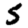
Digit: 5